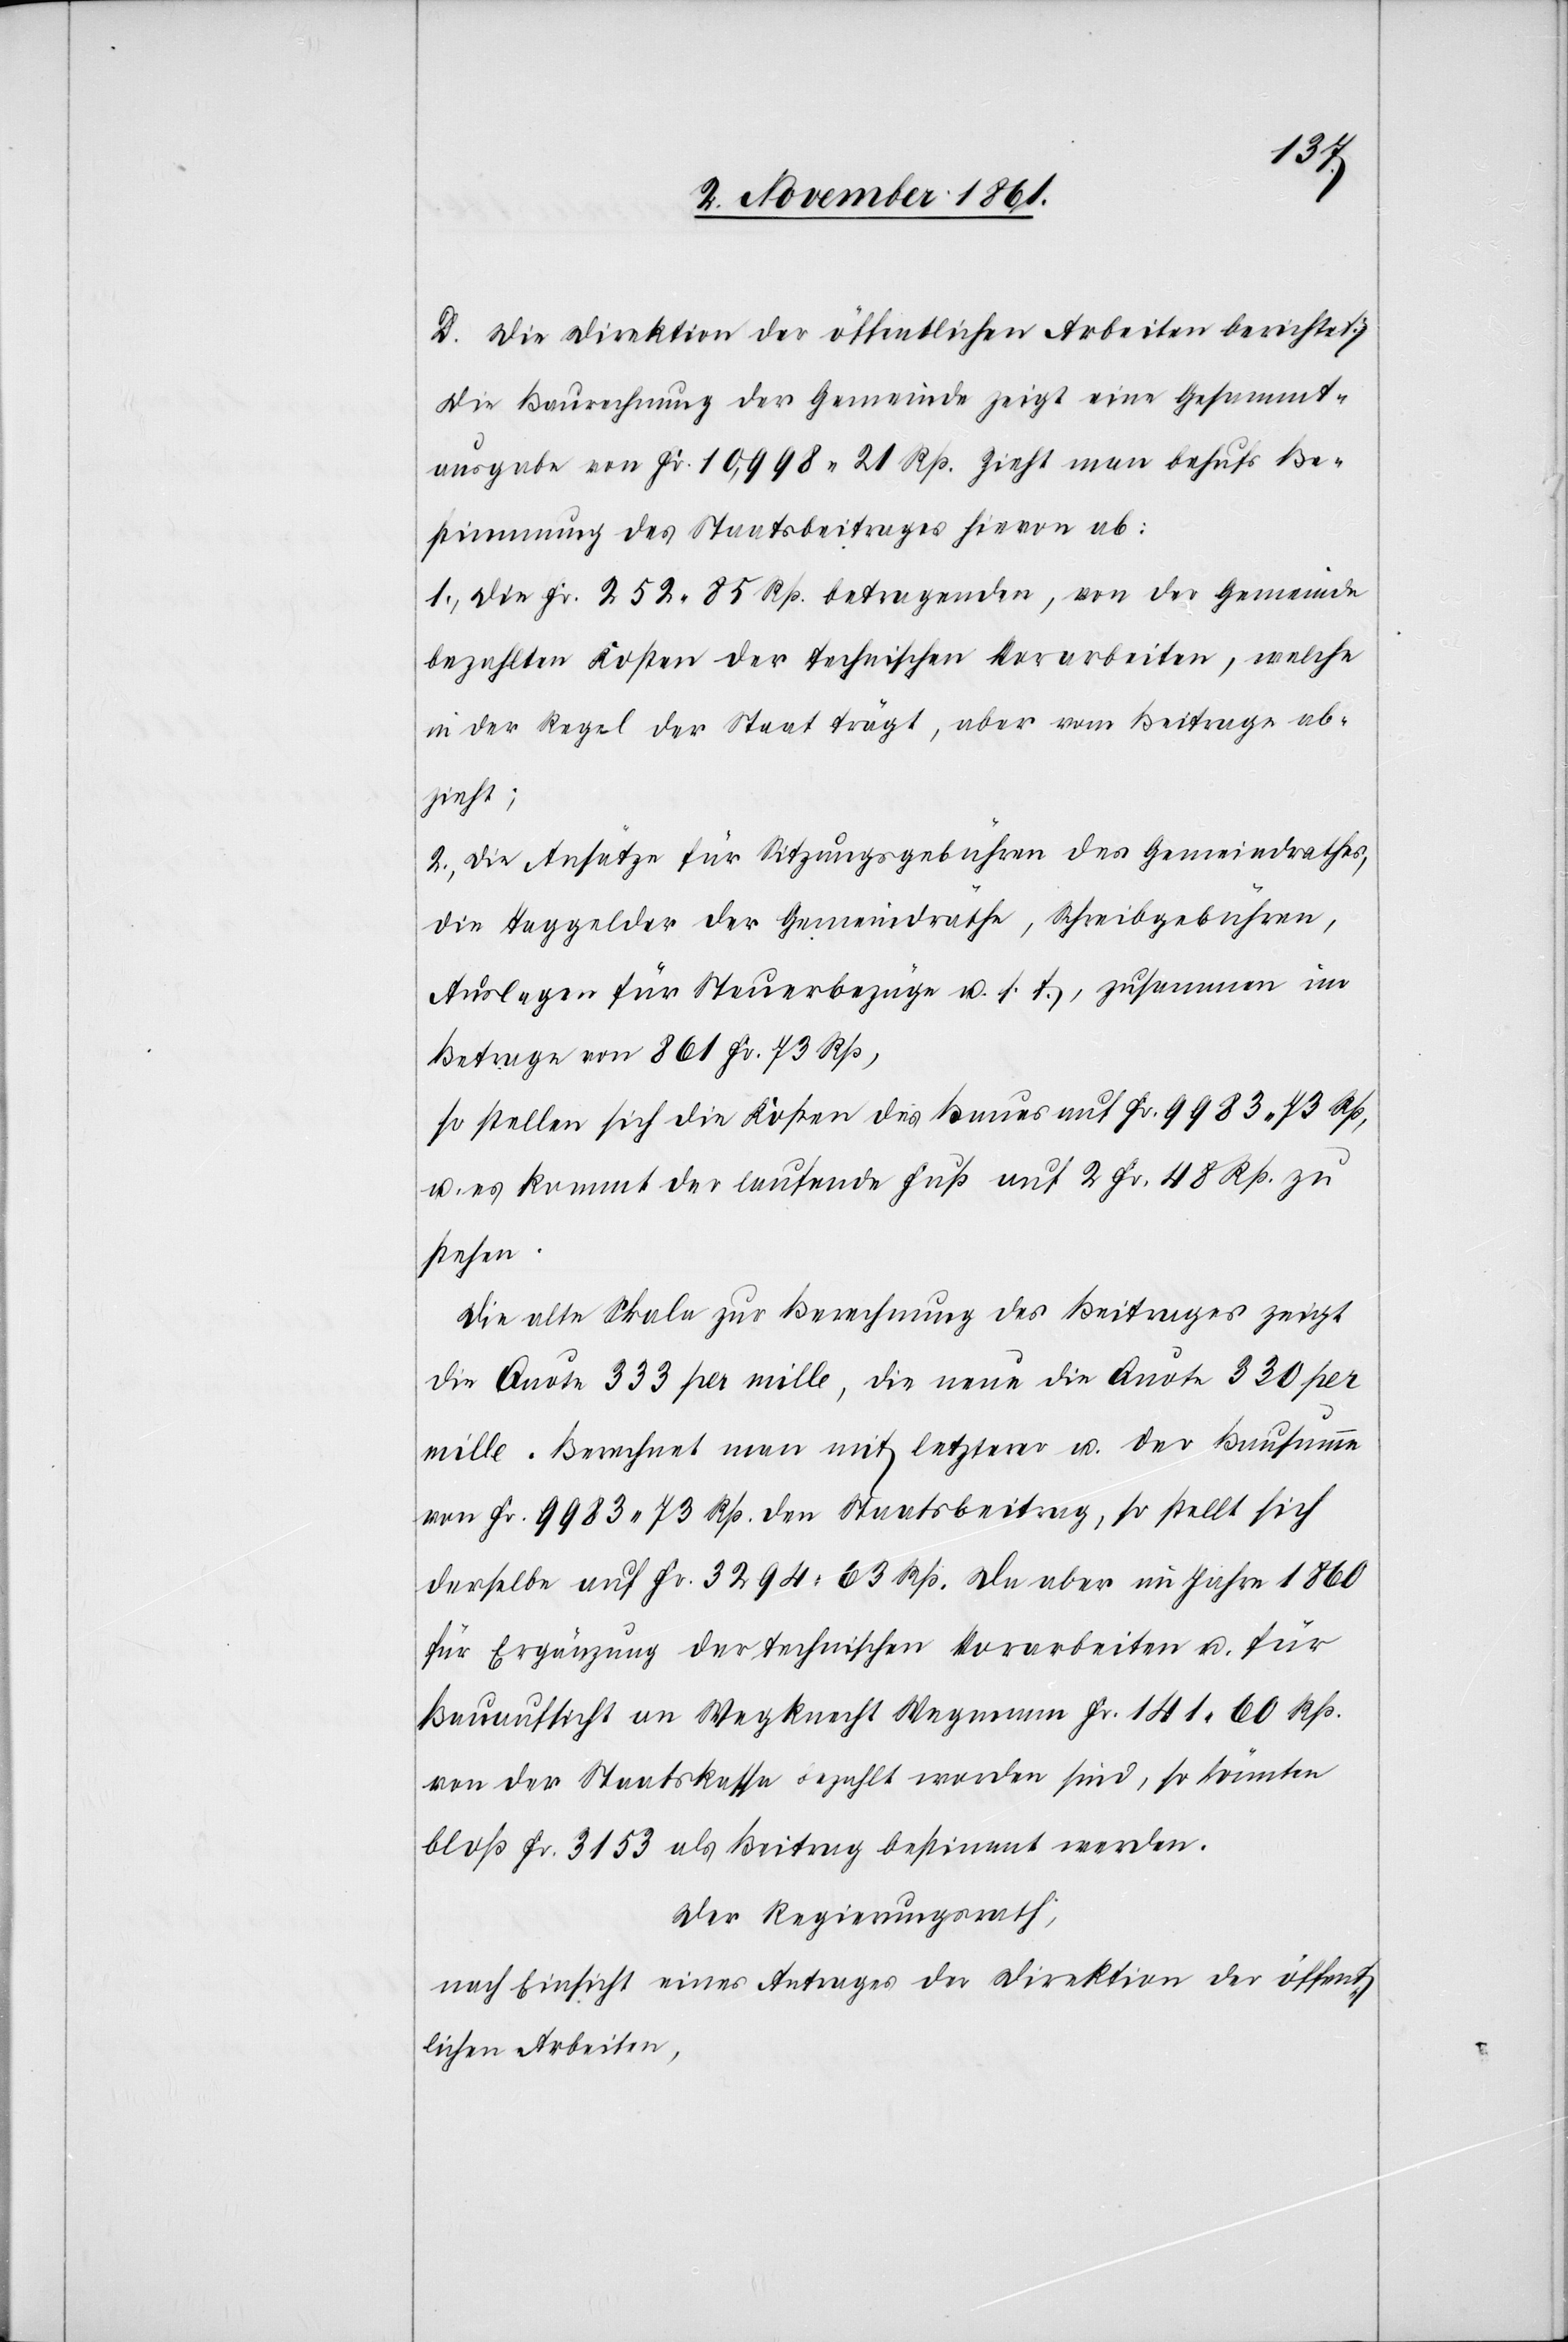
2. Die Direktion der öffentlichen Arbeiten berichtet:
Die Berechnung der Gemeinde zeigt eine Gesammt¬
ausgabe von Fr. 10,998. 21 Rp. Zieht man behufs Be¬
stimmung des Staatsbeitrages hievon ab:
1., Die Fr. 252. 85 Rp. betragenden, von der Gemeinde
bezahlten Kosten der technischen Vorarbeiten, welche
in der Regel der Staat trägt, aber vom Beitrage ab¬
zieht;
2. Die Ansätze für Sitzungsgebühren des Gemeindrathes,
die Taggelder der Gemeindräthe, Schreibgebühren,
Auslagen für Steuerbezüge u. s. f., zusammen im
Betrage von 861 Fr. 73 Rp.,
so stellen sich die Kosten des Baues auf Fr. 9983. 73 Rp.,
u. es kommt der laufende Fuß auf 2 Fr. 48 Rp. zu
stehen.
Die alte Skala zur Berechnung des Beitrages zeigt
die Quote 333 pr. mille, die neue die Quote 330 pr.
mille. Berechnet man mit letzterer u. der Bausumme
von Fr. 9983. 73 Rp. den Staatsbeitrag, so stellt sich
derselbe auf Fr. 3294. 63 Rp. Da aber im Jahre 1860
für Ergänzung der technischen Vorarbeiten u. für
Bauaufsicht an Wegknecht Wegmann Fr. 141. 60 Rp.
von der Staatskasse bezahlt worden sind, so könnten
bloß Fr. 3153 als Beitrag bestimmt werden.
Der Regierungsrath,
nach Einsicht eines Antrages der Direktion der öffent¬
lichen Arbeiten,